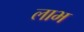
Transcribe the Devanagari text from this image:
लाभ्‍ा